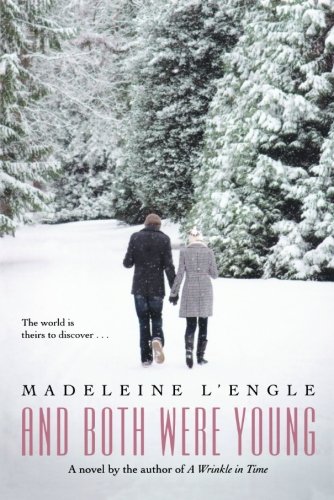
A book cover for And Both Were Young; Madeleine L'Engle; Children's Books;